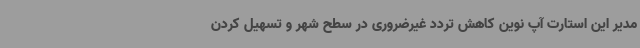
مدیر این استارت آپ نوین کاهش تردد غیرضروری در سطح شهر و تسهیل کردن